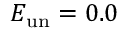
E _ { \mathrm { u n } } = 0 . 0